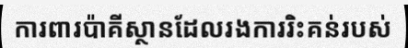
ការពារប៉ាគីស្ថានដែលរងការរិះគន់របស់